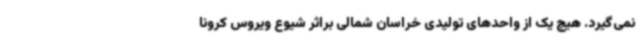
نمی‌گیرد. هیچ یک از واحدهای تولیدی خراسان شمالی براثر شیوع ویروس کرونا